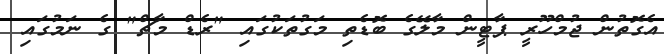
އެގޮތުން ޖުމްހޫރީ ޕާޓީން މާލޭގެ ބޮޑެތި މަގުތަކުގައި "ރެޑް މާޗް" ގެ ނަމުގައި